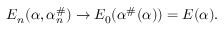
E _ { n } ( \alpha , \alpha _ { n } ^ { \# } ) \rightarrow E _ { 0 } ( \alpha ^ { \# } ( \alpha ) ) = E ( \alpha ) .